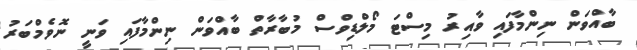
ބާއްވަން ނިންމާފައި ވާއިރު މިސްޓަ މޯލްޑިވްސް މުބާރާތް ބާއްވަން ނިންމާފައި ވަނީ ނޮވެމްބަރު